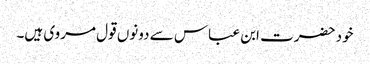
خود حضرت ابن عباس سے دونوں قول مروی ہیں۔